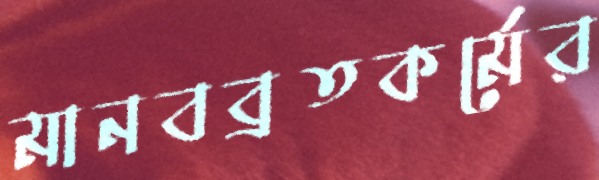
মানবব্রতকর্মের